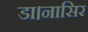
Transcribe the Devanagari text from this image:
डा।नासिर